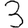
Digit: 3